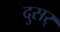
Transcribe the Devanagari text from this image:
दुसर्